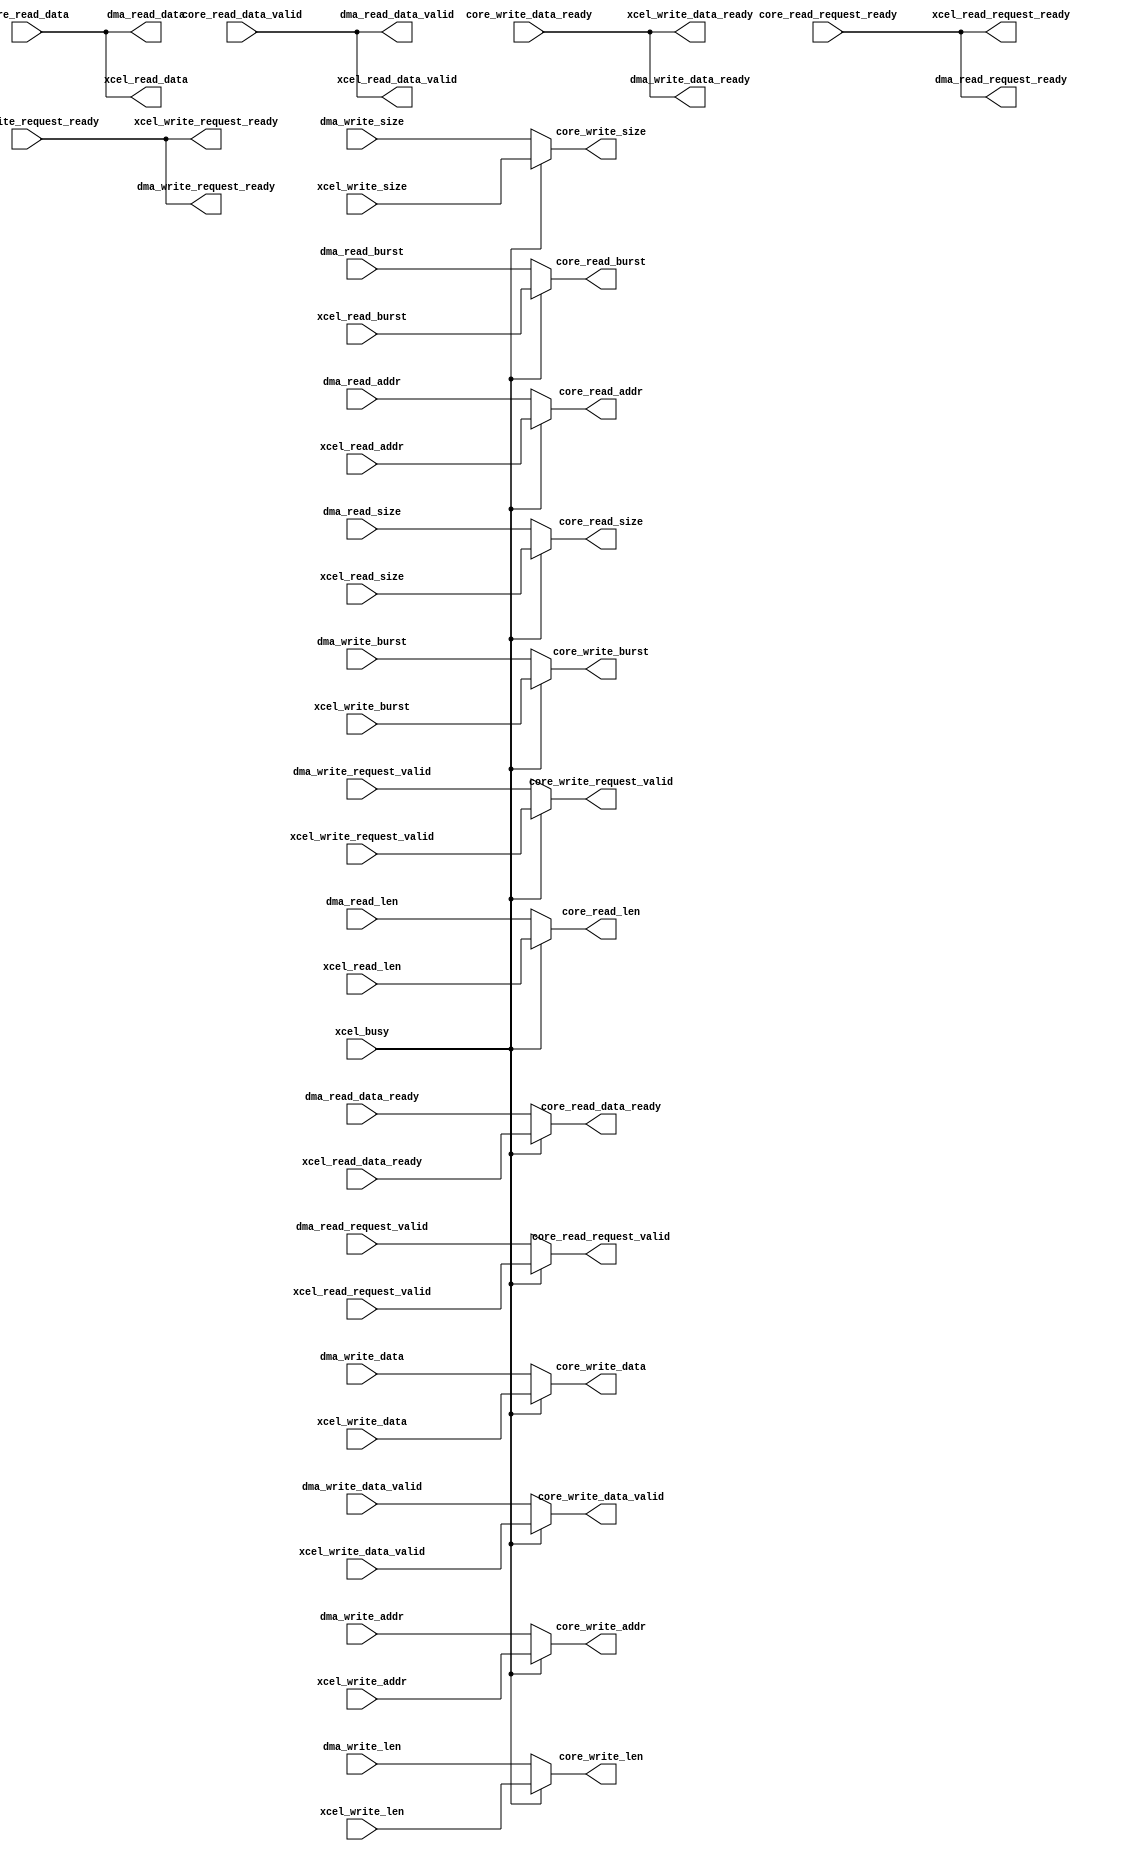

module arbiter #(
  parameter AXI_AWIDTH = 32,
  parameter AXI_DWIDTH = 32
) (

  // if xcel_busy is HIGH, xcel will communicate with the AXI adapter,
  // otherwise dma
  input xcel_busy,

  // Core (client) interface
  output                  core_read_request_valid,
  input                   core_read_request_ready,
  output [AXI_AWIDTH-1:0] core_read_addr,
  output [31:0]           core_read_len,
  output [2:0]            core_read_size,
  output [1:0]            core_read_burst,
  input  [AXI_DWIDTH-1:0] core_read_data,
  input                   core_read_data_valid,
  output                  core_read_data_ready,

  output                  core_write_request_valid,
  input                   core_write_request_ready,
  output [AXI_AWIDTH-1:0] core_write_addr,
  output [31:0]           core_write_len,
  output [2:0]            core_write_size,
  output [1:0]            core_write_burst,
  output [AXI_DWIDTH-1:0] core_write_data,
  output                  core_write_data_valid,
  input                   core_write_data_ready,

  // DMA Controller interface
  input                    dma_read_request_valid,
  output                   dma_read_request_ready,
  input  [AXI_AWIDTH-1:0]  dma_read_addr,
  input  [31:0]            dma_read_len,
  input  [2:0]             dma_read_size,
  input  [1:0]             dma_read_burst,
  output [AXI_DWIDTH-1:0]  dma_read_data,
  output                   dma_read_data_valid,
  input                    dma_read_data_ready,

  input                    dma_write_request_valid,
  output                   dma_write_request_ready,
  input [AXI_AWIDTH-1:0]   dma_write_addr,
  input [31:0]             dma_write_len,
  input [2:0]              dma_write_size,
  input [1:0]              dma_write_burst,
  input [AXI_DWIDTH-1:0]   dma_write_data,
  input                    dma_write_data_valid,
  output                   dma_write_data_ready,

  // Accelerator interface
  input                    xcel_read_request_valid,
  output                   xcel_read_request_ready,
  input  [AXI_AWIDTH-1:0]  xcel_read_addr,
  input  [31:0]            xcel_read_len,
  input  [2:0]             xcel_read_size,
  input  [1:0]             xcel_read_burst,
  output [AXI_DWIDTH-1:0]  xcel_read_data,
  output                   xcel_read_data_valid,
  input                    xcel_read_data_ready,

  input                    xcel_write_request_valid,
  output                   xcel_write_request_ready,
  input [AXI_AWIDTH-1:0]   xcel_write_addr,
  input [31:0]             xcel_write_len,
  input [2:0]              xcel_write_size,
  input [1:0]              xcel_write_burst,
  input [AXI_DWIDTH-1:0]   xcel_write_data,
  input                    xcel_write_data_valid,
  output                   xcel_write_data_ready
);

  assign core_read_request_valid = xcel_busy ? xcel_read_request_valid :
                                               dma_read_request_valid;
  assign dma_read_request_ready  = core_read_request_ready;
  assign xcel_read_request_ready = core_read_request_ready;

  assign core_read_addr  = xcel_busy ? xcel_read_addr  :
                                       dma_read_addr;
  assign core_read_len   = xcel_busy ? xcel_read_len   :
                                       dma_read_len;
  assign core_read_size  = xcel_busy ? xcel_read_size  :
                                       dma_read_size;
  assign core_read_burst = xcel_busy ? xcel_read_burst :
                                       dma_read_burst;

  assign dma_read_data  = core_read_data;
  assign xcel_read_data = core_read_data;

  assign dma_read_data_valid  = core_read_data_valid;
  assign xcel_read_data_valid = core_read_data_valid;

  assign core_read_data_ready = xcel_busy ? xcel_read_data_ready :
                                            dma_read_data_ready;

  assign core_write_request_valid = xcel_busy ? xcel_write_request_valid :
                                                dma_write_request_valid;

  assign dma_write_request_ready  = core_write_request_ready;
  assign xcel_write_request_ready = core_write_request_ready;

  assign core_write_addr  = xcel_busy ? xcel_write_addr  :
                                        dma_write_addr;
  assign core_write_len   = xcel_busy ? xcel_write_len   :
                                        dma_write_len;
  assign core_write_size  = xcel_busy ? xcel_write_size  :
                                        dma_write_size;
  assign core_write_burst = xcel_busy ? xcel_write_burst :
                                        dma_write_burst;
  assign core_write_data  = xcel_busy ? xcel_write_data  :
                                        dma_write_data;

  assign core_write_data_valid = xcel_busy ? xcel_write_data_valid :
                                             dma_write_data_valid;

  assign dma_write_data_ready  = core_write_data_ready;
  assign xcel_write_data_ready = core_write_data_ready;

endmodule